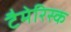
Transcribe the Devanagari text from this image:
टैमेरिस्क